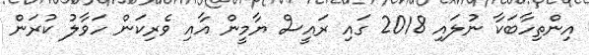
އިންތިހާބަކާ ނުލައި 2018 ގައި ރައީސް ޔާމީން އާއި ވެރިކަން ހަވާލު ކުރަން